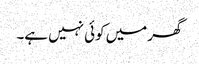
گھر میں کوئی نہیں ہے۔